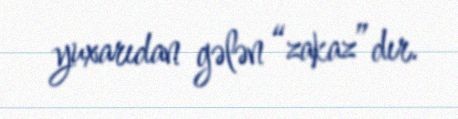
yuxarıdan gələn “zakaz”dır.